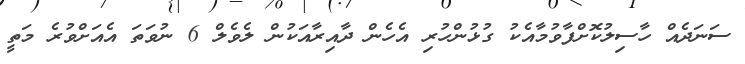
ސަނަދެއް ހާސިލުކޮށްފާވުމާއެކު ގުޅުންހުރި އެހެން ދާއިރާއަކުން ލެވެލް 6 ނުވަތަ އެއަށްވުރެ މަތީ